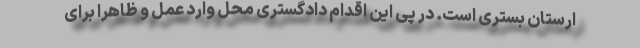
ارستان بستری است. در پی این اقدام دادگستری محل وارد عمل و ظاهراً برای